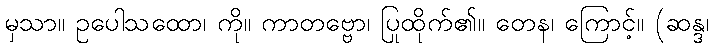
မှသာ။ ဥပေါသထော၊ ကို။ ကာတဗ္ဗော၊ ပြုထိုက်၏။ တေန၊ ကြောင့်။ (ဆန္ဒ၊